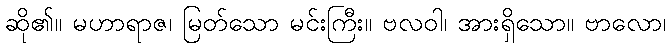
ဆို၏။ မဟာရာဇ၊ မြတ်သော မင်းကြီး။ ဗလဝါ၊ အားရှိသော။ ဗာလော၊